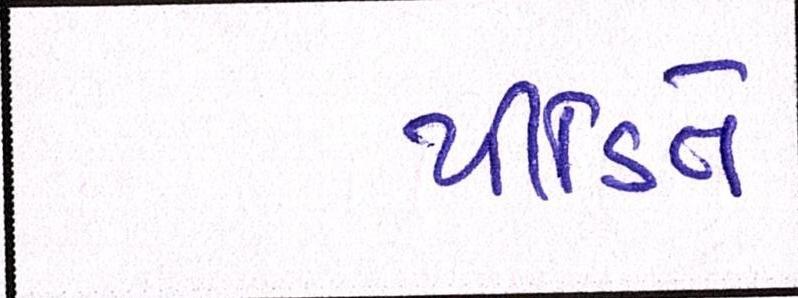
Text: પીડિતે